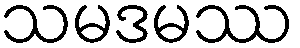
သမဒမဿ